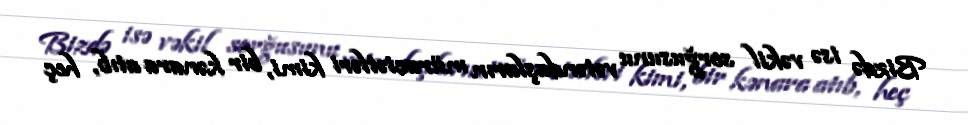
Bizdə isə vəkil sorğusunu vətəndaşların müraciətləri kimi, bir kənara atıb, heç